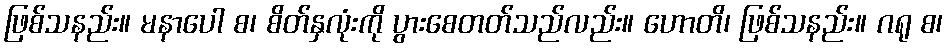
ဖြစ်သနည်း။ မနာပေါ စ၊ စိတ်နှလုံးကို ပွားစေတတ်သည်လည်း။ ဟောတိ၊ ဖြစ်သနည်း။ ဂရု စ၊